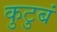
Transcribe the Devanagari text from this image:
कुटुबं